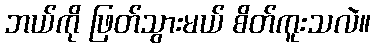
ဘယ်ကို ဖြတ်သွားမယ် စိတ်ကူးသလဲ။